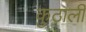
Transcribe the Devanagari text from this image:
कुठाली